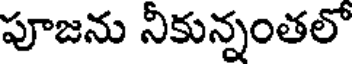
పూజను నీకున్నంతలో